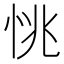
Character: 恌